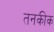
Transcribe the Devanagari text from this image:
तनकीक